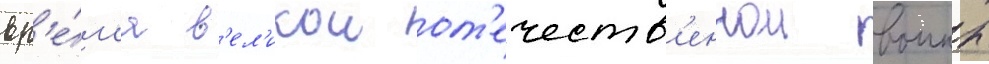
вр'е́м'я в'ел'икои от'ечеств'еннои воины